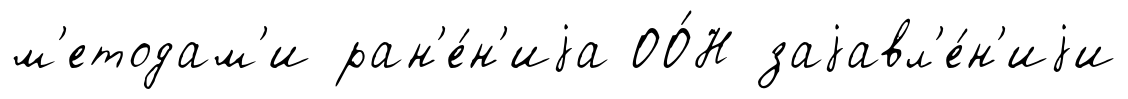
м'етодам'и ран'е́н'иjа ОО́Н заjавл'е́н'иjи